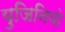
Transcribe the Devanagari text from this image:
युजिनियो